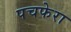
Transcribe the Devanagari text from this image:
पचफेरा